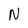
Character: N